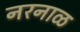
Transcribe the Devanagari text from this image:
नरनाळ